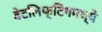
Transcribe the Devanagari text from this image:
वेटलिफ्टिंगमध्ये